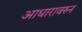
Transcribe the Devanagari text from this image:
आधारावरुन